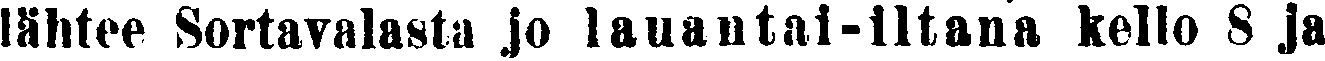
lähtee Sortavalasta jo lauantai-iltana kello 8 ja